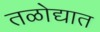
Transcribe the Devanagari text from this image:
तळोद्यात